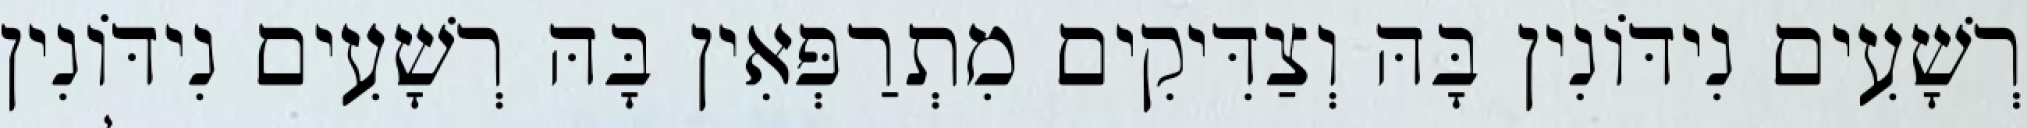
רְשָׁעִים נִידּוֹנִין בָּהּ וְצַדִּיקִים מִתְרַפְּאִין בָּהּ רְשָׁעִים נִידּוֹנִין